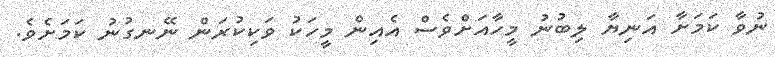
ނުވާ ކަމަށާ އަނިޔާ ލިބުނު މީހާއަށްވެސް އެއިން މީހަކު ވަކިކުރަން ނޭނގުނު ކަމަށެވެ.